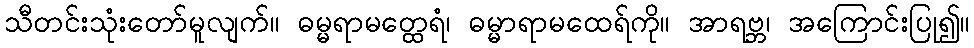
သီတင်းသုံးတော်မူလျက်။ ဓမ္မရာမတ္ထေရံ၊ ဓမ္မာရာမထေရ်ကို။ အာရဗ္ဘ၊ အကြောင်းပြု၍။